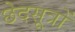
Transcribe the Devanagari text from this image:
छेदसूत्रों